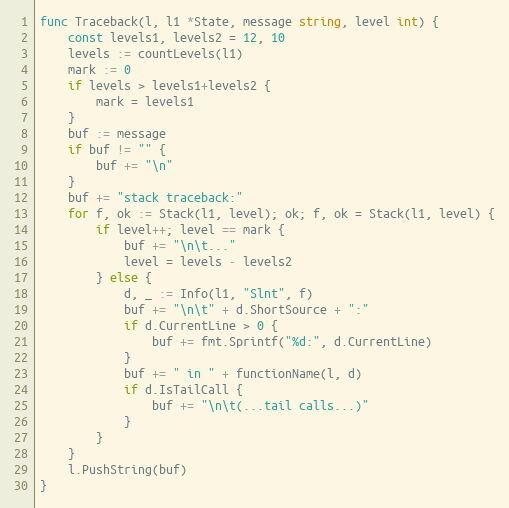
Language: Go
func Traceback(l, l1 *State, message string, level int) {
	const levels1, levels2 = 12, 10
	levels := countLevels(l1)
	mark := 0
	if levels > levels1+levels2 {
		mark = levels1
	}
	buf := message
	if buf != "" {
		buf += "\n"
	}
	buf += "stack traceback:"
	for f, ok := Stack(l1, level); ok; f, ok = Stack(l1, level) {
		if level++; level == mark {
			buf += "\n\t..."
			level = levels - levels2
		} else {
			d, _ := Info(l1, "Slnt", f)
			buf += "\n\t" + d.ShortSource + ":"
			if d.CurrentLine > 0 {
				buf += fmt.Sprintf("%d:", d.CurrentLine)
			}
			buf += " in " + functionName(l, d)
			if d.IsTailCall {
				buf += "\n\t(...tail calls...)"
			}
		}
	}
	l.PushString(buf)
}